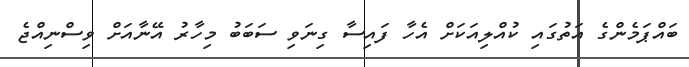
ބައްޕަމެންގެ އަތުގައި ކުއްލިއަކަށް އެހާ ފައިސާ ގިނަވި ސަބަބު މިހާރު އޭނާއަށް ވިސްނިއްޖެ